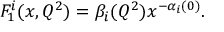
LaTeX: F _ { 1 } ^ { i } ( x , Q ^ { 2 } ) = \beta _ { i } ( Q ^ { 2 } ) x ^ { - \alpha _ { i } ( 0 ) } .